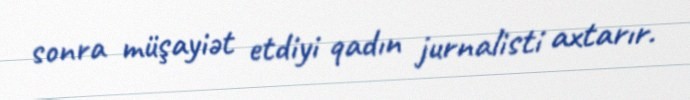
sonra müşayiət etdiyi qadın jurnalisti axtarır.